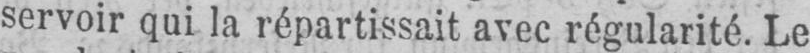
servoir qui la répartissait avec régularité. Le